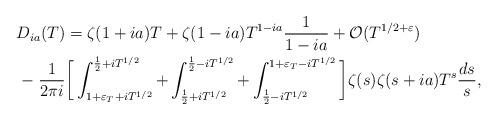
LaTeX: \begin{align*}D_{{ia}}(T)&=\zeta(1+{ia})T+\zeta(1-{ia})T^{1-{ia}}\frac{1}{1-{ia}}+\mathcal{O}(T^{1/2+\varepsilon})\\ -\;\frac{1}{2\pi i }&\bigg[\int_{1+\varepsilon_T+iT^{1/2}}^{\frac{1}{2}+iT^{1/2}}+\int_{\frac{1}{2}+iT^{1/2}}^{\frac{1}{2}-iT^{1/2}}+\int_{\frac{1}{2}-iT^{1/2}}^{1+\varepsilon_T-iT^{1/2}}\bigg] \zeta(s)\zeta(s+{ia})T^s\frac{ds}{s},\end{align*}